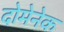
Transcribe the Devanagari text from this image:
दोमेनेक